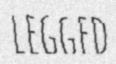
LEGGED